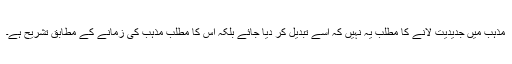
مذہب میں جدیدیت لانے کا مطلب یہ نہیں کہ اسے تبدیل کر دیا جائے بلکہ اس کا مطلب مذہب کی زمانے کے مطابق تشریح ہے۔